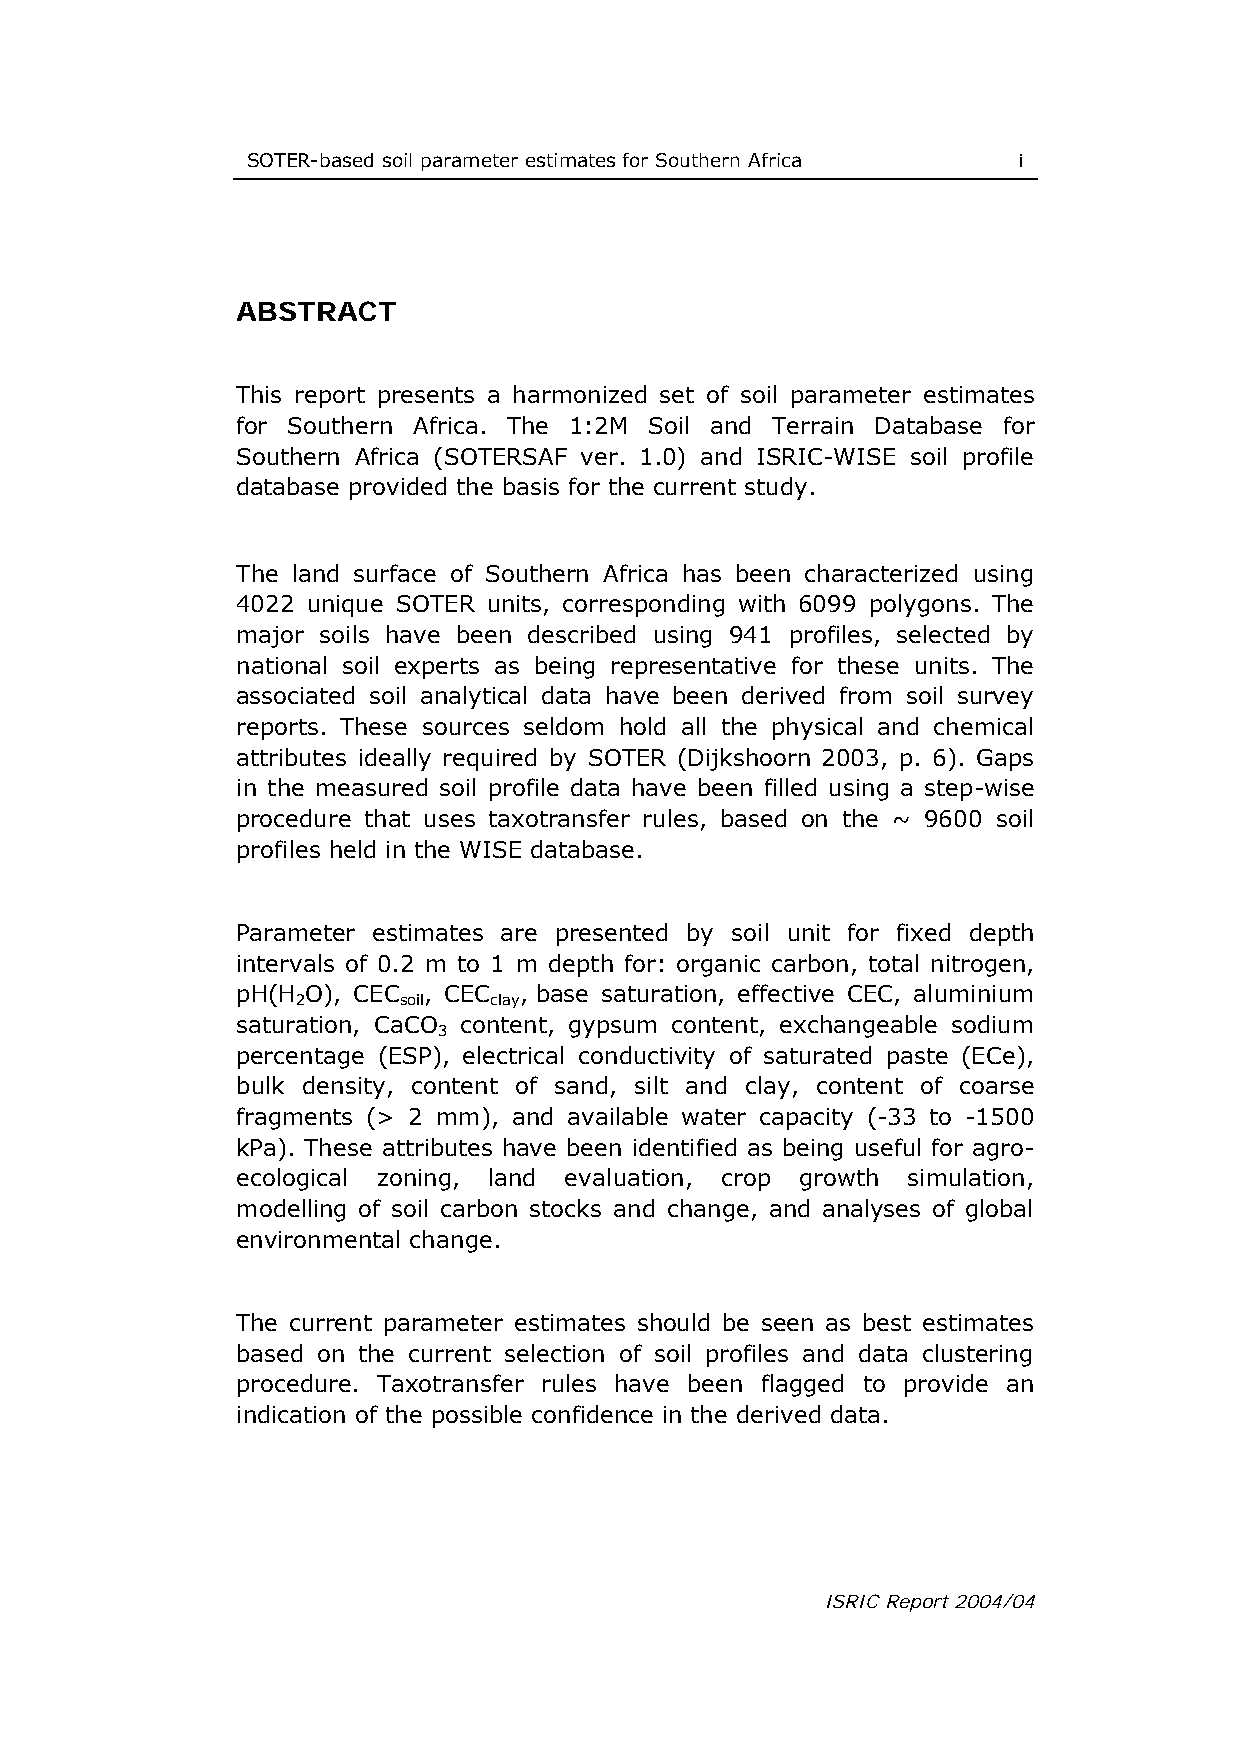
SOTER-based soil parameter estimates for Southern Africa i
 ABSTRACT
 This report presents a harmonized set of soil parameter estimates
 for Southern Africa. The 1:2M Soil and Terrain Database for
 Southern Africa (SOTERSAF ver. 1.0) and ISRIC-WISE soil profile
 database provided the basis for the current study.
 The land surface of Southern Africa has been characterized using
 4022 unique SOTER units, corresponding with 6099 polygons. The
 major soils have been described using 941 profiles, selected by
 national soil experts as being representative for these units. The
 associated soil analytical data have been derived from soil survey
 reports. These sources seldom hold all the physical and chemical
 attributes ideally required by SOTER (Dijkshoorn 2003, p. 6). Gaps
 in the measured soil profile data have been filled using a step-wise
 procedure that uses taxotransfer rules, based on the ~ 9600 soil
 profiles held in the WISE database.
 Parameter estimates are presented by soil unit for fixed depth
 intervals of 0.2 m to 1 m depth for: organic carbon, total nitrogen,
 pH(H O), CEC , CEC , base saturation, effective CEC, aluminium
 2     soil  clay
 saturation, CaCO content, gypsum content, exchangeable sodium
 3
 percentage (ESP), electrical conductivity of saturated paste (ECe),
 bulk density, content of sand, silt and clay, content of coarse
 fragments (> 2 mm), and available water capacity (-33 to -1500
 kPa). These attributes have been identified as being useful for agro-
 ecological zoning, land evaluation, crop growth simulation,
 modelling of soil carbon stocks and change, and analyses of global
 environmental change.
 The current parameter estimates should be seen as best estimates
 based on the current selection of soil profiles and data clustering
 procedure. Taxotransfer rules have been flagged to provide an
 indication of the possible confidence in the derived data.
 ISRIC Report 2004/04